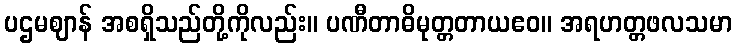
ပဌမဈာန် အစရှိသည်တို့ကိုလည်း။ ပဏီတာဓိမုတ္တတာယဧဝ။ အရဟတ္တဖလသမာ